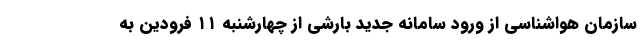
سازمان هواشناسی از ورود سامانه جدید بارشی از چهارشنبه ۱۱ فرودین به